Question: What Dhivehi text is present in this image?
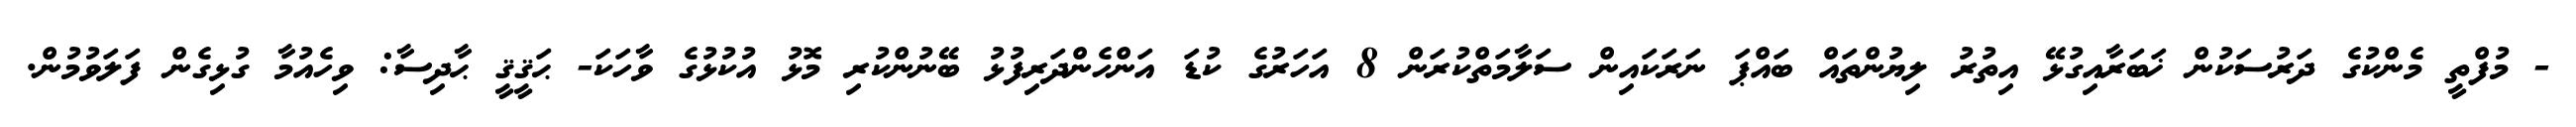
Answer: - މުފްތީ މެންކުގެ ދަރުސަކުން ޚަބަރާއިގުޅޭ އިތުރު ލިޔުންތައް ބައްޕަ ނަރަކައިން ސަލާމަތްކުރަން 8 އަހަރުގެ ކުޑަ އަންހެންދަރިފުޅު ބޭނުންކުރި މޮޅު އުކުޅުގެ ވާހަކަ- ޙަޤީޤީ ޙާދިސާ: ވިހެއުމާ ގުޅިގެން ފަލަވުމުން.